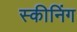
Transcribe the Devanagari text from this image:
स्कीनिंग